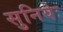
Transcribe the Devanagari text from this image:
सुनियेः